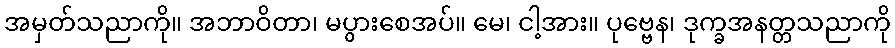
အမှတ်သညာကို။ အဘာဝိတာ၊ မပွားစေအပ်။ မေ၊ ငါ့အား။ ပုဗ္ဗေန၊ ဒုက္ခအနတ္တသညာကို